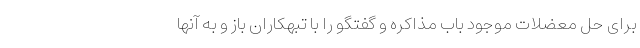
برای حل معضلات موجود باب مذاکره و گفتگو را با تبهکاران باز و به آنها